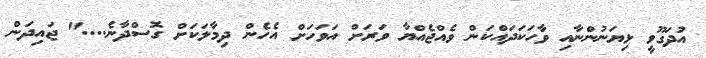
އުދަގޫވީ ޅިޔަނުންނާއި ވާހަކަދައްކަން ވެއްޖެއްޔާ ވަރަށް އަވަހަށް އެހެން ދިމާލަކަށް ގޮސްދާނެ...." ޖައިދަން